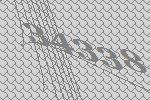
34338